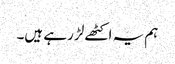
ہم یہ اکٹھے لڑ رہے ہیں۔